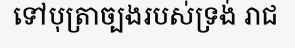
ទៅបុត្រាច្បងរបស់ទ្រង់ រាជ